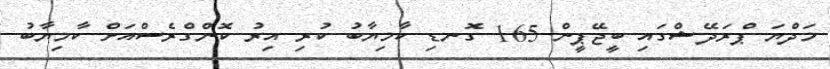
މަދްޔަ ޕްރަދޭޝްގައި ބީޖޭޕީން 165 ގޮނޑި ކާމިޔާބު ކުރި އިރު ކޮންގްރެސްއަށް ކާމިޔާބު